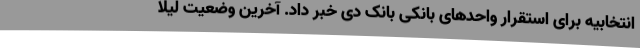
انتخابیه برای استقرار واحدهای بانکی بانک دی خبر داد. آخرین وضعیت لیلا